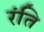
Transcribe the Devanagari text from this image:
रंति